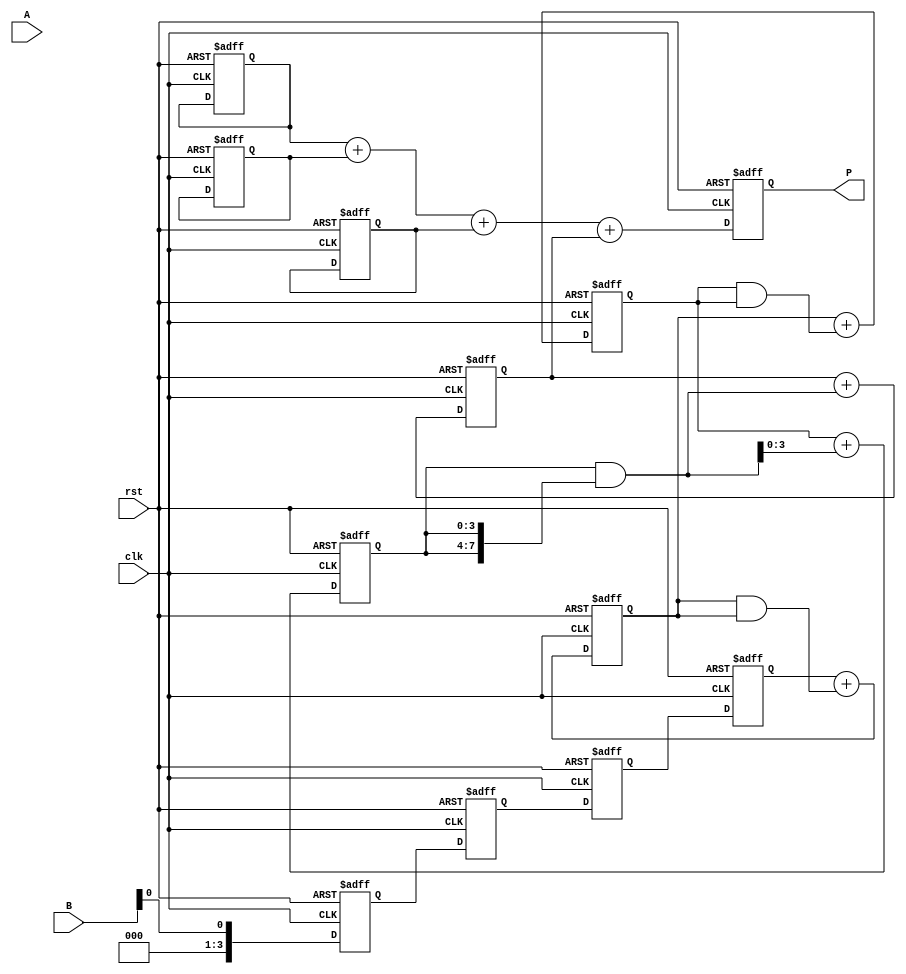
module systolic_multiplier (
    input  wire [3:0] A,      // 4-bit multiplicand
    input  wire [3:0] B,      // 4-bit multiplier
    input  wire clk,          // Clock signal
    input  wire rst,          // Reset signal
    output reg  [7:0] P       // 8-bit product
);

    // Processing Elements (PEs) registers
    reg [3:0] pe [0:3][0:3]; // 4x4 array of PEs
    reg [7:0] partial_sum [0:3]; // For accumulating partial sums

    integer i, j;

    always @(posedge clk or posedge rst) begin
        if (rst) begin
            // Reset outputs and partial sums
            P <= 8'b0;
            for (i = 0; i < 4; i = i + 1) begin
                partial_sum[i] <= 8'b0;
                for (j = 0; j < 4; j = j + 1) begin
                    pe[i][j] <= 4'b0;
                end
            end
        end else begin
            // Load inputs into the PEs
            for (i = 0; i < 4; i = i + 1) begin
                if (i == 0) begin
                    pe[i][0] <= A; // Load A into the first row
                end
                if (i < 4) begin
                    pe[0][i] <= B[i]; // Load B into the first column
                end
            end

            // Systolic multiplication process
            // Flow data through the grid
            for (i = 0; i < 4; i = i + 1) begin
                for (j = 0; j < 4; j = j + 1) begin
                    // Partial product calculation
                    if (j > 0) begin
                        pe[i][j] <= pe[i][j-1]; // Shift left
                    end
                    if (i > 0) begin
                        pe[i][j] <= pe[i-1][j] + (pe[i][j] & {4{pe[i][j]}}); // Add diagonal
                    end
                    
                    if (i == 3 && j == 3) begin
                        partial_sum[i] <= partial_sum[i] + (pe[i][j] & {4{pe[i][j]}});
                    end
                end
            end
            
            // Accumulate results from last row
            P <= partial_sum[0] + partial_sum[1] + partial_sum[2] + partial_sum[3];
        end
    end
endmodule